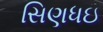
સિણધઇ